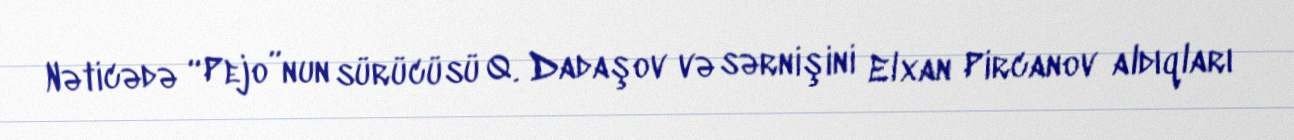
Nəticədə “Pejo”nun sürücüsü Q. Dadaşov və sərnişini Elxan Pircanov aldıqları